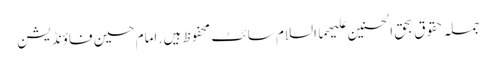
جملہ حقوق بحق الحسنین علیھما السلام سائٹ محفوظ ہیں . امام حسین فاؤنڈیشن